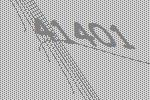
41401